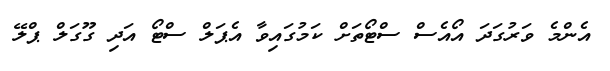
އެންމެ ވަރުގަދަ އޯއެސް ސްޓޯތަށް ކަމުގައިވާ އެޕަލް ސްޓޯ އަދި ގޫގަލް ޕްލޭ